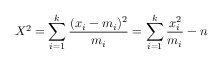
X ^ { 2 } = \sum _ { i = 1 } ^ { k } { \frac { ( x _ { i } - m _ { i } ) ^ { 2 } } { m _ { i } } } = \sum _ { i = 1 } ^ { k } { { \frac { x _ { i } ^ { 2 } } { m _ { i } } } - n }